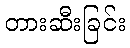
တားဆီးခြင်း